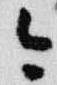
今